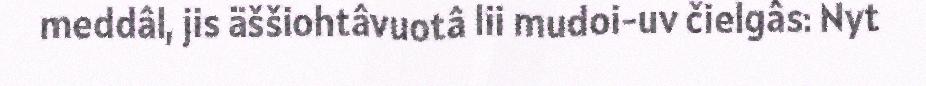
meddâl, jis äššiohtâvuotâ lii mudoi-uv čielgâs: Nyt